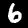
Label: 6